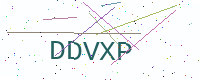
Text: DDVXP